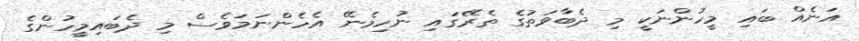
އަނެއް ބައި މީހުންނަކީ މި ދެބާވަތުގެ ތެރޭގައި ނުހިމެނޭ އެހެންނަމަވެސް މި ދެބައިމީހުންގެ